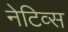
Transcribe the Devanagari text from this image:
नेटिव्स